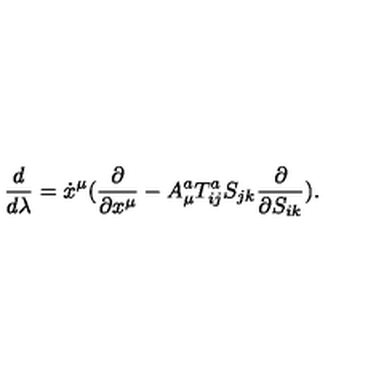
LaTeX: \frac { d } { d \lambda } = \dot { x } ^ { \mu } ( \frac { \partial } { \partial x ^ { \mu } } - A _ { \mu } ^ { a } T _ { i j } ^ { a } S _ { j k } \frac { \partial } { \partial S _ { i k } } ) .